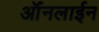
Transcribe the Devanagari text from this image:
ऑंनलाईन